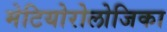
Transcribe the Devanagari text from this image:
मेटियोरोलोजिका